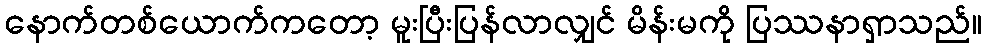
နောက်တစ်ယောက်ကတော့ မူးပြီးပြန်လာလျှင် မိန်းမကို ပြဿနာရှာသည်။